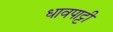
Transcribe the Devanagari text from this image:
धावपाट्टी